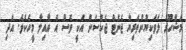
މަޝްހޫރު ލަވަކިޔުންތެރިޔާ ޖެނެޓް ޖެކްސަން އަކީ ވެސް އެ އާއިލާ މީހެކެވެ. އަދި